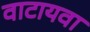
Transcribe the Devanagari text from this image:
वाटायवा